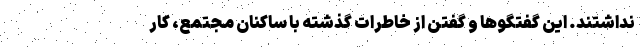
نداشتند. این گفتگو‌ها و گفتن از خاطرات گذشته با ساکنان مجتمع، کار